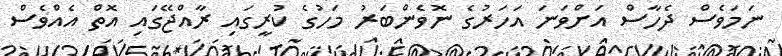
ނަމަވެސް ދެހާސް އަށްވަނަ އަހަރުގެ ނޮވެންބަރު މަހުގެ ކުރީގައި ރާއްޖޭގައި އޮތް އެއްވެސް